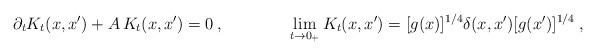
LaTeX: \begin{align*}\partial_tK_t(x,x')+A\,K_t(x,x')=0 \:,\qquad\qquad \lim\limits_{t\to 0_+}K_t(x,x')=[g(x)]^{1/4}\delta(x,x')[g(x')]^{1/4} \:,\end{align*}